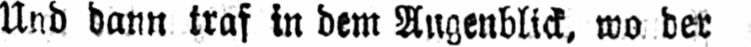
Und dann traf in dem Augenblick, wo der